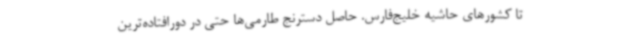
تا کشورهای حاشیه خلیج‌فارس. حاصل دسترنج طارمی‌ها حتی در دورافتاده‌ترین